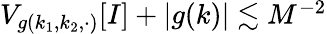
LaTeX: \begin{array}{r}{V_{g(k_{1},k_{2},\cdot)}[I]+|g(k)|\lesssim M^{-2}}\end{array}